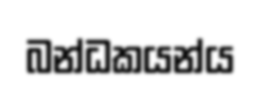
බන්ධකයන්ය